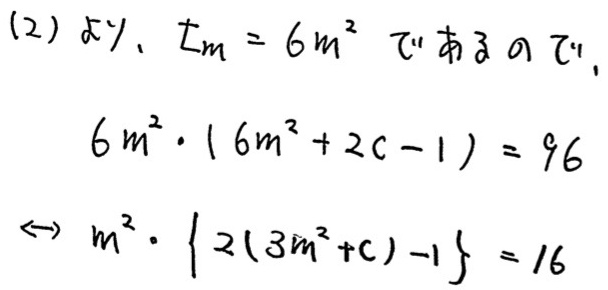
(2) より, $L_{m}=6m^{2}$ であるので,
\[
6m^{2}\cdot(6m^{2}+2c - 1)=96
\]
\[
\leftrightarrow m^{2}\cdot\{2(3m^{2}+c)-1\}=16
\]